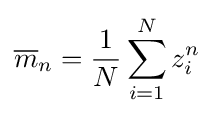
{\overline {m}}_{n}={\frac {1}{N}}\sum _{i=1}^{N}z_{i}^{n}